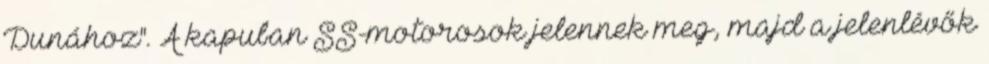
Dunához". A kapuban SS-motorosok jelennek meg, majd a jelenlévők